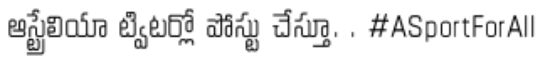
ఆస్ట్రేలియా ట్విటర్లో పోస్టు చేస్తూ. . #ASportForAll